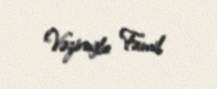
Vəziroğlu Famil